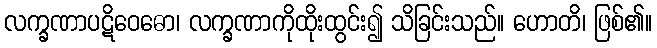
လက္ခဏာပဋိဝေဓော၊ လက္ခဏာကိုထိုးထွင်း၍ သိခြင်းသည်။ ဟောတိ၊ ဖြစ်၏။